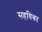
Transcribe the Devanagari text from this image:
सहयिका